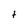
Character: t